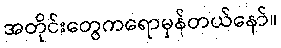
အတိုင်းတွေကရောမှန်တယ်နော်။